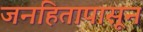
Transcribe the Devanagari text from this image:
जनहितापासून